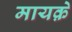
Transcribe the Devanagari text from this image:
मायक़े